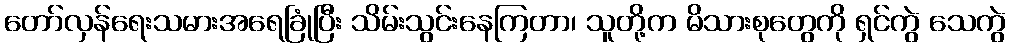
တော်လှန်ရေးသမားအရေခြုံပြီး သိမ်းသွင်းနေကြတာ၊ သူတို့က မိသားစုတွေကို ရှင်ကွဲ သေကွဲ